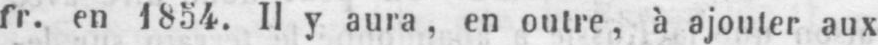
fr. en 1854. Il y aura, en outre, à ajouter aux